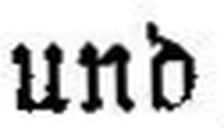
und